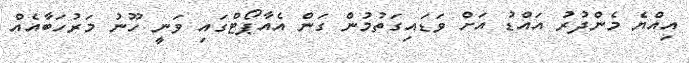
އިއްޔެ މެންދުރު އައްޑު އަށް ވަޑައިގަތުމުން ގަން އެއާޕޯޓްގައި ވަނީ ހޫނު މަރުހަބާއެއް